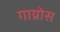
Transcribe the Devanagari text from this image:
गाय्रोस